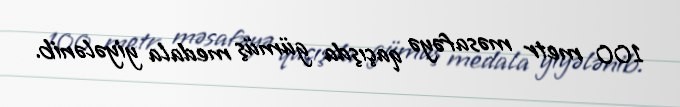
100 metr məsafəyə qaçışda gümüş medala yiyələnib.